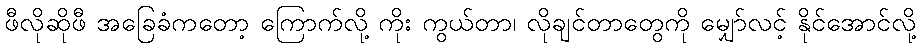
ဖီလိုဆိုဖီ အခြေခံကတော့ ကြောက်လို့ ကိုး ကွယ်တာ၊ လိုချင်တာတွေကို မျှော်လင့် နိုင်အောင်လို့